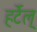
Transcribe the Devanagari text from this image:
हर्टेल्